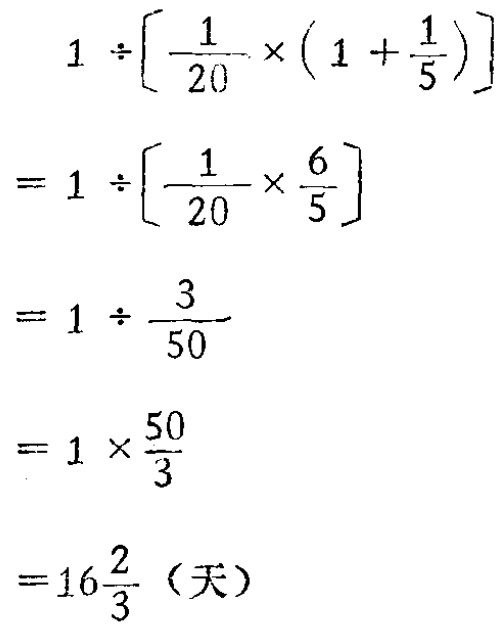
\[

\begin{align*}

&1\div\left[\frac{1}{20}\times(1 + \frac{1}{5})\right]\\

=&1\div\left[\frac{1}{20}\times\frac{6}{5}\right]\\

=&1\div\frac{3}{50}\\

=&1\times\frac{50}{3}\\

=&16\frac{2}{3} \text{（天）}

\end{align*}

\]